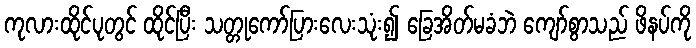
ကုလားထိုင်ပုတွင် ထိုင်ပြီး သတ္တုကော်ပြားလေးသုံး၍ ခြေအိတ်မခံဘဲ ကျော်စွာသည် ဖိနပ်ကို